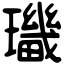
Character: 㼄